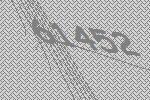
61452